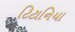
ટિટાનિયા